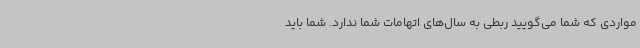
مواردی که شما می‌گویید ربطی به سال‌های اتهامات شما ندارد. شما باید